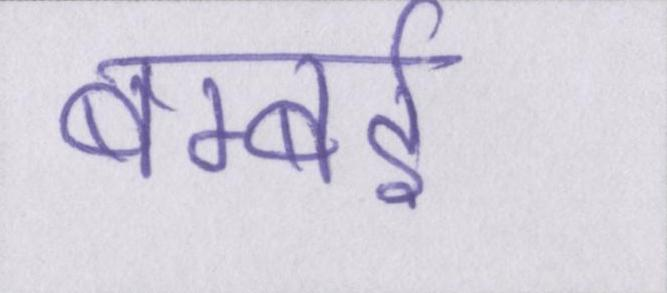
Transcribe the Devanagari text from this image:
बम्बई